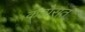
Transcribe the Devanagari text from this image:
कठोरात